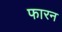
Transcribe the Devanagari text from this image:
फारन